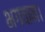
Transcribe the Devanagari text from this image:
भगवान।